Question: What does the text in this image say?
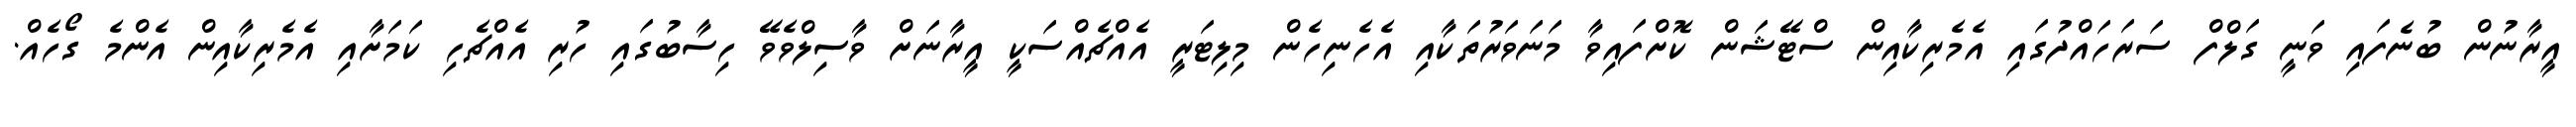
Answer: އީރާނުން ބުނެފައި ވަނީ ގަލްފް ސަރަހައްދުގައި އެމެރިކާއިން ސްޓޭޝަން ކޮށްފައިވާ މަނަވަރުތަކާއި އެހެނިހެން މިލިޓަރީ އެއްޗެއްސަކީ އީރާނަށް ވާސިލްވެވޭ ހިސާބުގައި ހުރި އެއްޗެހި ކަމަށާއި އެމެރިކާއިން އެންމެ ގޯހެއް.